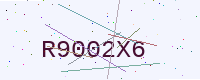
Text: R9002X6